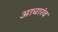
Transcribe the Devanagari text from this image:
आचारंव